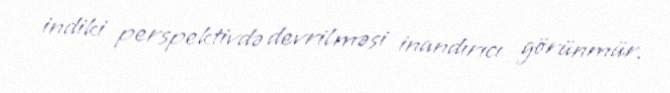
indiki perspektivdə devrilməsi inandırıcı görünmür.